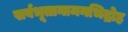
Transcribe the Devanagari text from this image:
सर्वभूतानामनभिद्रोह